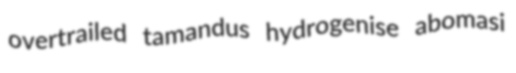
overtrailed tamandus hydrogenise abomasi